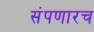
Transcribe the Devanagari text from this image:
संपणारच